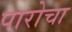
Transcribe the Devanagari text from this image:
पारोचा